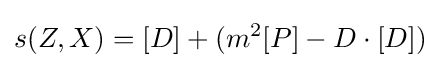
s(Z,X)=[D]+(m^{2}[P]-D\cdot [D])